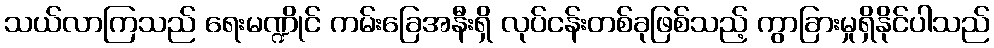
သယ်လာကြသည် ရေးမဏ္ဍိုင် ကမ်းခြေအနီးရှိ လုပ်ငန်းတစ်ခုဖြစ်သည့် ကွာခြားမှုရှိနိုင်ပါသည်